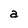
Character: a